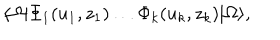
\langle \Omega | \Phi _ { 1 } ( u _ { 1 } , z _ { 1 } ) \ldots \Phi _ { k } ( u _ { k } , z _ { k } ) | \Omega \rangle ,